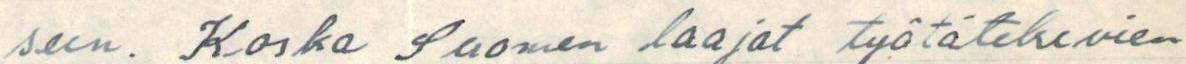
seen. Koska Suomen laajat työtätekevien